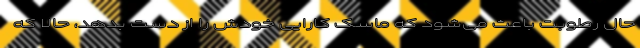
حال رطوبت باعث می‌شود که ماسک کارایی خودش را از دست بدهد، حالا که